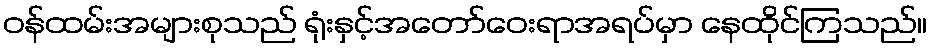
ဝန်ထမ်းအများစုသည် ရုံးနှင့်အတော်ဝေးရာအရပ်မှာ နေထိုင်ကြသည်။